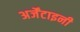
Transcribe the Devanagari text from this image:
अर्जेंटाइनी